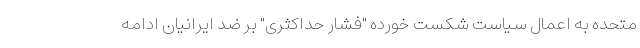
متحده به اعمال ‌سیاست شکست خورده "فشار حداکثری" بر ضد ایرانیان ادامه